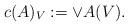
LaTeX: \begin{align*}c(A)_{V} := \vee A(V).\end{align*}